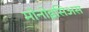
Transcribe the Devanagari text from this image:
मोनोइसिअस